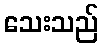
သေးသည်